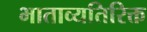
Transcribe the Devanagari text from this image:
भाताव्यतिरिक्त